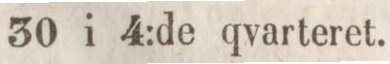
30 i 4:de qvarteret.